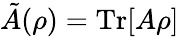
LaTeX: \tilde{A}(\rho)=\mathrm{Tr}[A\rho]